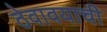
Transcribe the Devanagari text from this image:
ठेवावयाची